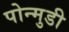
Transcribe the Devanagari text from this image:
पोन्मुडी